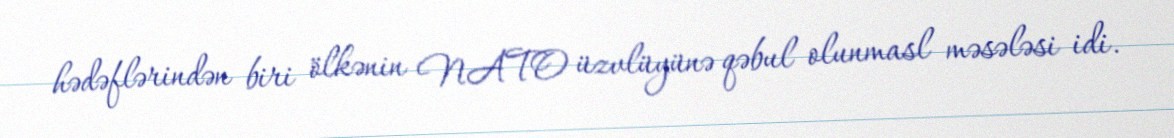
hədəflərindən biri ölkənin NATO üzvlüyünə qəbul olunmasl məsələsi idi.